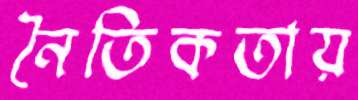
নৈতিকতায়